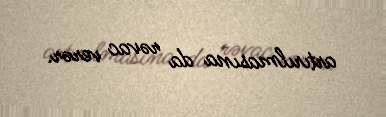
artırılmasına da rəvac verər.